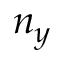
n _ { y }